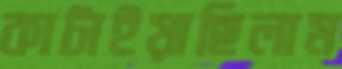
কাটাইয়াছিলাম